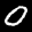
Label: 0